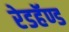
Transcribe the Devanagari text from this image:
रेडहॅण्ड